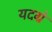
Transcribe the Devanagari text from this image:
यदग्रे